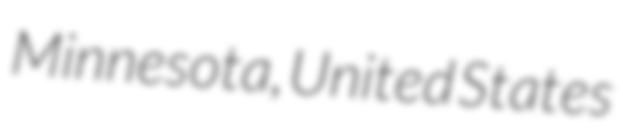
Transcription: Minnesota, United States